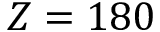
Z = 1 8 0